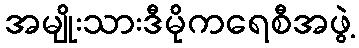
အမျိုးသားဒီမိုကရေစီအဖွဲ့